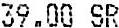
39.00 SR